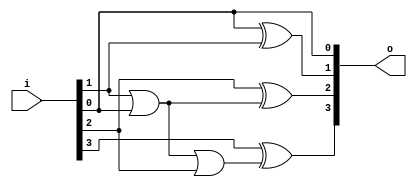
module two_com_assign (i, o);

input [3:0]i;
output [3:0]o;

assign o[0] = (i[0]);
assign o[1] = (i[0] ^ i[1]);
assign o[2] = (i[2] ^ (i[1] | i[0]));
assign o[3] = (i[3] ^ (i[0] | i[1] | i[2]));

endmodule // two_com_assign